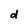
Character: d